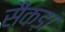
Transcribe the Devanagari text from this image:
सैंकड़ा